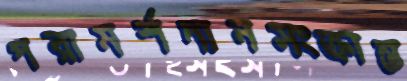
পরামর্শদানসংক্রান্ত